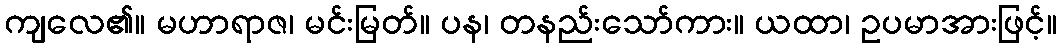
ကျလေ၏။ မဟာရာဇ၊ မင်းမြတ်။ ပန၊ တနည်းသော်ကား။ ယထာ၊ ဥပမာအားဖြင့်။